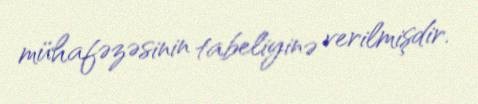
mühafəzəsinin tabeliyinə verilmişdir.